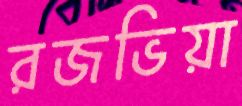
রজভিয়া